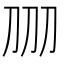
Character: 𱐕